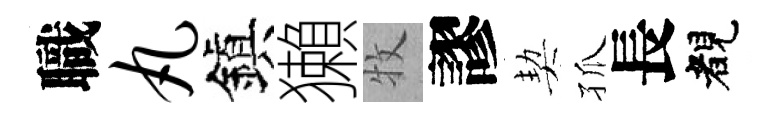
職丸鎭獺牧謬契孤長睹